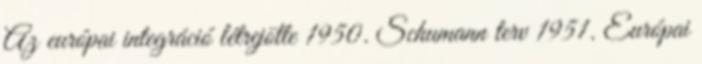
Az európai integráció létrejötte 1950. Schumann terv 1951. Európai